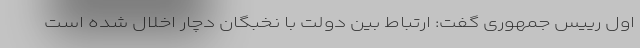
اول رییس جمهوری گفت: ارتباط بین دولت با نخبگان دچار اخلال شده است